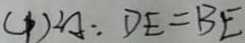
( 1 ) 2 A : D E = B E